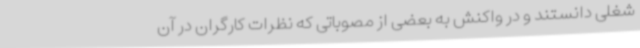
شغلی دانستند و در واکنش به بعضی از مصوباتی که نظرات کارگران در آن